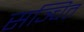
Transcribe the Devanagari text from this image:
सञ्चित